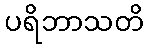
ပရိဘာသတိ